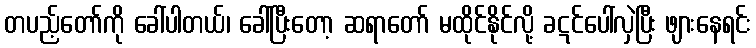
တပည့်တော်ကို ခေါ်ပါတယ်၊ ခေါ်ပြီးတော့ ဆရာတော် မထိုင်နိုင်လို့ ခဋင်ပေါ်လှဲပြီး ဖျားနေရင်း